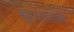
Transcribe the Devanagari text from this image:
मुख्‍यायल